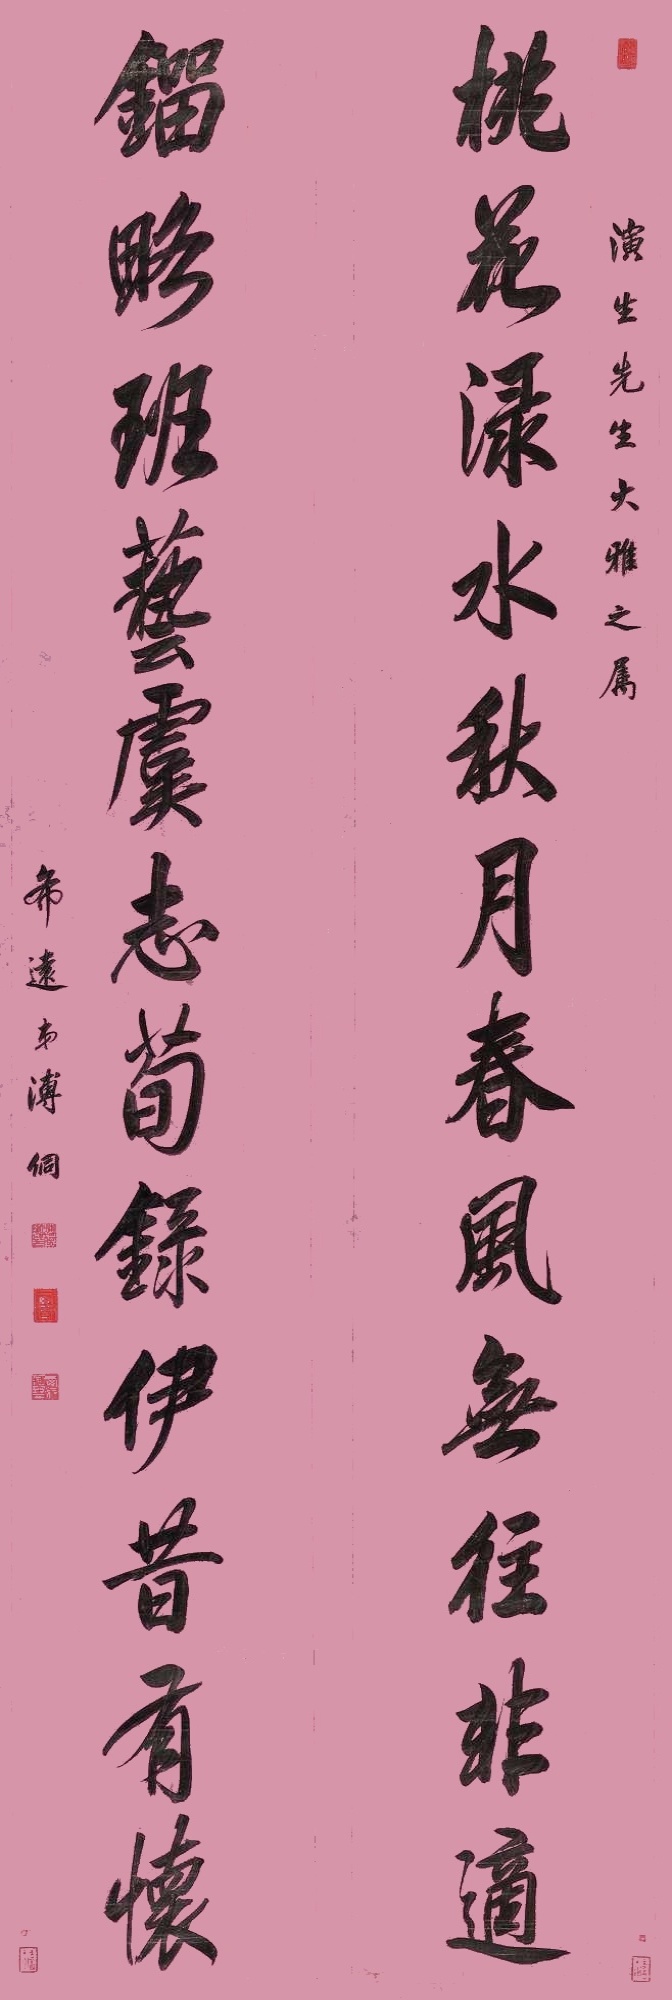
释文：桃花渌水，秋月春风，无往非适；刘略班艺，虞志荀录，伊昔有怀。演生先生大雅之属，希远弟溥侗。